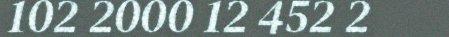
102 2000 12 452 2